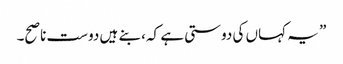
” یہ کہاں کی دوستی ہے کہ، بنے ہیں دوست ناصح۔